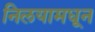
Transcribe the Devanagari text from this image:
निलयामधून